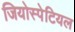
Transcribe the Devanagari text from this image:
जियोस्पेटियल